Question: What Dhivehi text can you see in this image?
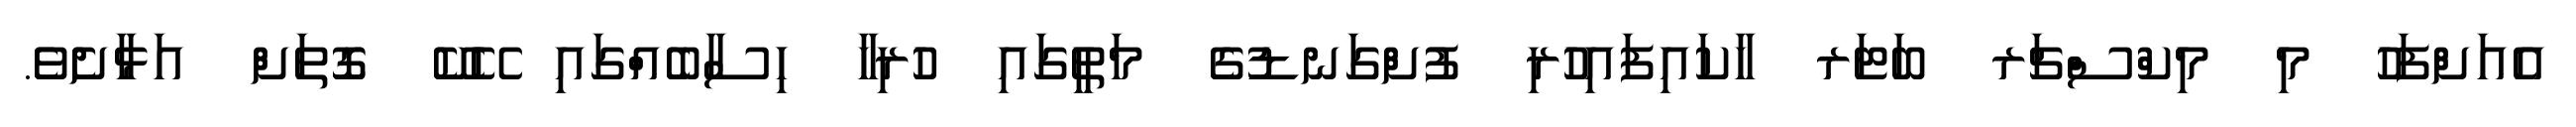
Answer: އެއަށްފަހު މި މިކްސްޗަރ ބަޓަރ ހާކައިފައިހުރި ފުށްގަނޑުގެ މަތީގައި ހުރިހާ ހިސާބެއްގައި ހޭކޭ ގޮތަށް އަޅާށެވެ.